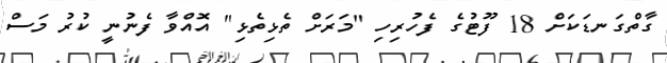
ގާތްގަނޑަކަށް 18 ފޫޓުގެ ފެހުރިހި "މަރަށް ތެޅިތެޅި" އޮއްވާ ފެނުނީ ކުރު މަސް